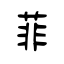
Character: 菲